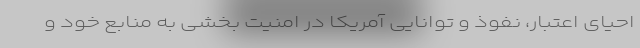
احیای اعتبار، نفوذ و توانایی آمریکا در امنیت بخشی به منابع خود و